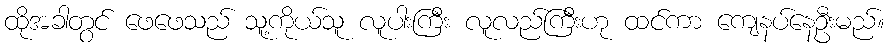
ထိုအခါတွင် ဖေဖေသည် သူ့ကိုယ်သူ လူပါးကြီး လူလည်ကြီးဟု ထင်ကာ ကျေနပ်နေဦးမည်။